[Report on the health of British troops in the Madras command]
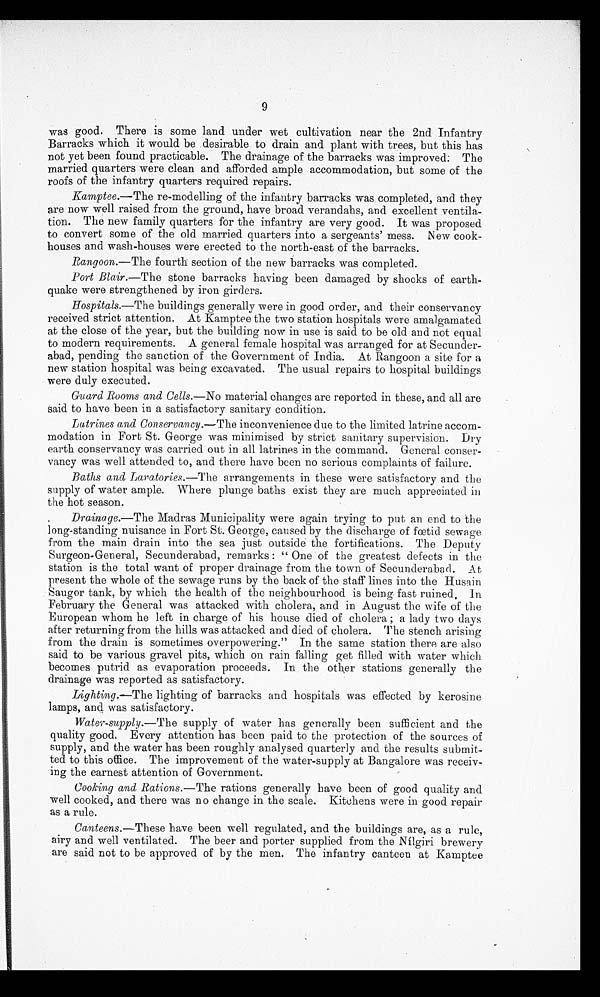
9
was good. There is some land under wet cultivation near the 2nd Infantry
Barracks which it would be desirable to drain and plant with trees, but this has
not yet been found practicable. The drainage of the barracks was improved: The
married quarters were clean and afforded ample accommodation, but some of the
roofs of the infantry quarters required repairs.
Kamptee. —The re-modelling of the infantry barracks was completed, and they
are now well raised from the ground, have broad verandahs, and excellent ventila
-tion. The new family quarters for the infantry are very good. It was proposed
to convert some of the old married quarters into a sergeants' mess. New cook
-houses and wash-houses were erected to the north-east of the barracks.
Rangoon.—The fourth section of the new barracks was completed.
Port Blair. —The stone barracks having been damaged by shocks of earth
-quake were strengthened by iron girders.
Hospitals.—The buildings generally were in good order, and their conservancy
received strict attention. At Kamptee the two station hospitals were amalgamated
at the close of the year, but the building now in use is said to be old and not equal
to modern requirements. A general female hospital was arranged for at Secunder
-abad, pending the sanction of the Government of India. At Rangoon a site for a
new station hospital was being excavated. The usual repairs to hospital buildings
were duly executed.
Guard Rooms and Cells .—No material changes are reported in these, and all are
said to have been in a satisfactory sanitary condition.
Latrines and Conservancy. —The inconvenience due to the limited latrine accom
-modation in Fort St. George was minimised by strict sanitary supervision. Dry
earth conservancy was carried out in all latrines in the command. General conser
-vancy was well attended to, and there have been no serious complaints of failure.
Baths and Lavatories. —The arrangements in these were satisfactory and the
supply of water ample. Where plunge baths exist they are much appreciated in
the hot season.
Drainage.—The Madras Municipality were again trying to put an end to the
long-standing nuisance in Fort St. George, caused by the discharge of fœtid sewage
from the main drain into the sea just outside the fortifications. The Deputy
Surgeon-General, Secunderabad, remarks: "One of the greatest defects in the
station is the total want of proper drainage from the town of Secunderabad. At
present the whole of the sewage runs by the back of the staff lines into the Husain
Saugor tank, by which the health of the neighbourhood is being fast ruined.
February the General was attacked with cholera, and in August the wife of the
European whom he left in charge of his house died of cholera; a lady two days
after returning from the hills was attacked and died of cholera. The stench arising
from the drain is sometimes overpowering." In the same station there are also
said to be various gravel pits, which on rain falling get filled with water which
becomes putrid as evaporation proceeds. In the other stations generally the
drainage was reported as satisfactory.
Lighting. —The lighting of barracks and hospitals was effected by kerosine
lamps, and was satisfactory.
Water-supply. —The supply of water has generally been sufficient and the
quality good. Every attention has been paid to the protection of the sources of
supply, and the water has been roughly analysed quarterly and the results submit
-ted to this office. The improvement of the water-supply at Bangalore was receiv
-ing the earnest attention of Government.
Cooking and Rations .—The rations generally have been of good quality and
well cooked, and there was no change in the scale. Kitchens were in good repair
as a rule.
Canteens. —These have been well regulated, and the buildings are, as a rule,
airy and well ventilated. The beer and porter supplied from the Nilgiri brewery
are said not to be approved of by the men. The infantry canteen at Kamptee